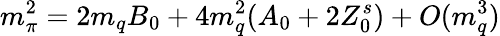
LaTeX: m_{\pi}^{2}=2m_{q}B_{0}+4m_{q}^{2}(A_{0}+2Z_{0}^{s})+O(m_{q}^{3})